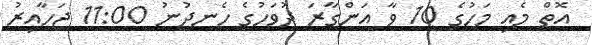
އޮތް މެއި މަހުގެ 10 ވާ އަންގާރަ ދުވަހުގެ ހެނދުނު 11:00 ޖަހާއިރު